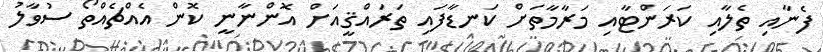
ފެނާއި ތެލާއި ކަރަންޓާއި މަރާމާތަށް ކަނޑާފައި ތަރައްޤީއަށް އޮންނާނީ ކޮން އެއްޗެއްތޯ ސުވާލު